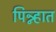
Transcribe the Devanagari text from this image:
पिन्न्हात